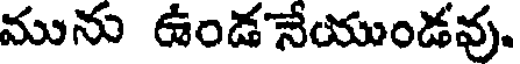
మును ఉండనేయుండవు,